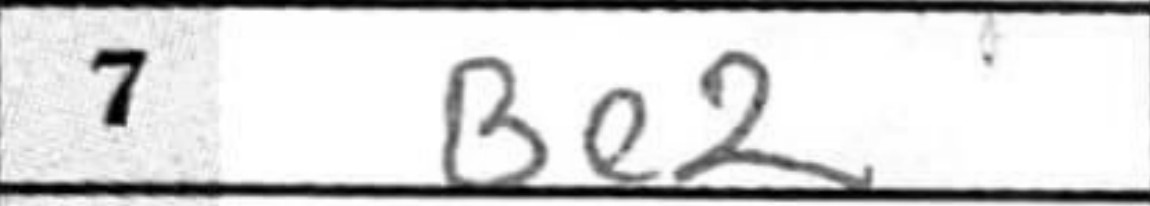
Transcription: Be2